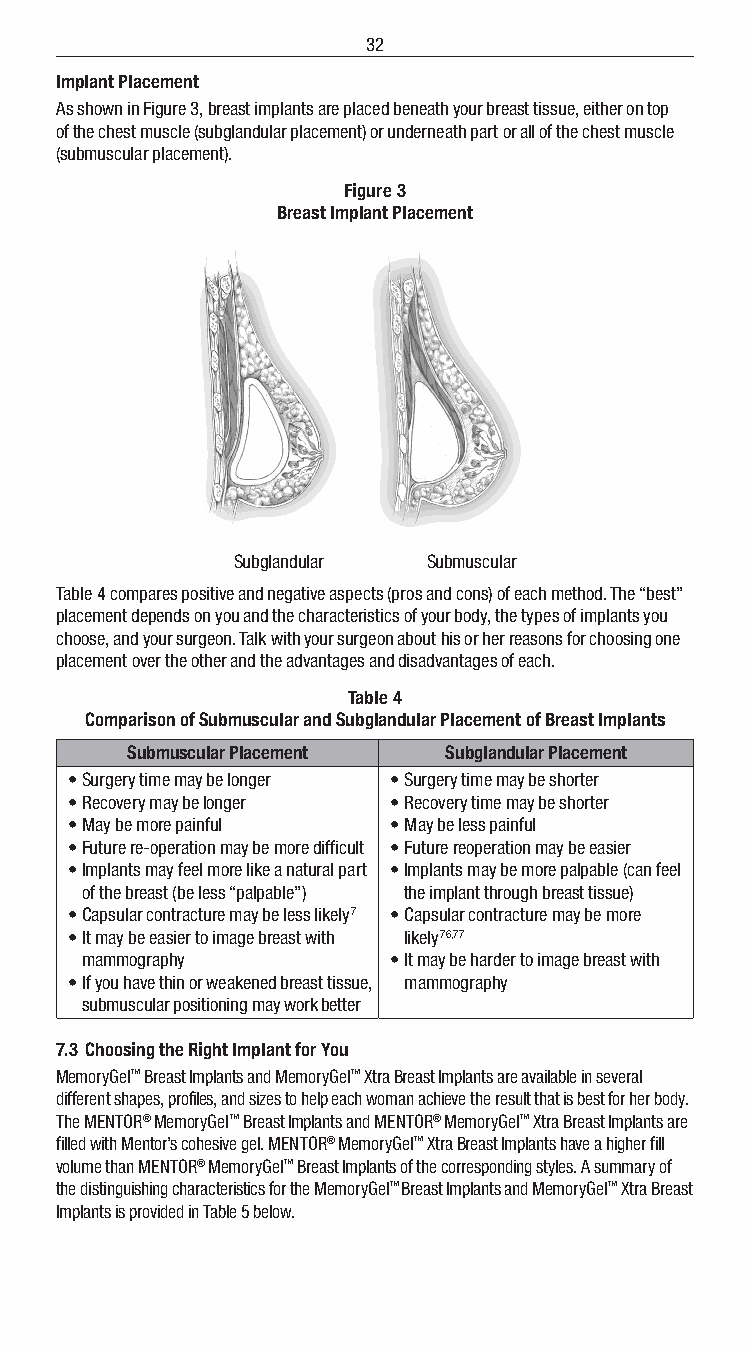
32
 Implant Placement
 As shown in Figure 3, breast implants are placed beneath your breast tissue, either on top
 of the chest muscle (subglandular placement) or underneath part or all of the chest muscle
 (submuscular placement).
 Figure 3
 Breast Implant Placement
 Subglandular Submuscular
 Table 4 compares positive and negative aspects (pros and cons) of each method. The “best”
 placement depends on you and the characteristics of your body, the types of implants you
 choose, and your surgeon. Talk with your surgeon about his or her reasons for choosing one
 placement over the other and the advantages and disadvantages of each.
 Table 4
 Comparison of Submuscular and Subglandular Placement of Breast Implants
 Submuscular Placement Subglandular Placement
 • Surgery time may be longer • Surgery time may be shorter
 • Recovery may be longer • Recovery time may be shorter
 • May be more painful • May be less painful
 • Future re-operation may be more difficult • Future reoperation may be easier
 • Implants may feel more like a natural part • Implants may be more palpable (can feel
 of the breast (be less “palpable”) the implant through breast tissue)
 • Capsular contracture may be less likely 7 • Capsular contracture may be more
 • It may be easier to image breast with likely 76,77
 mammography          • It may be harder to image breast with
 • If you have thin or weakened breast tissue, mammography
 submuscular positioning may work better
 7.3 Choosing the Right Implant for You
 MemoryGel™ Breast Implants and MemoryGel™ Xtra Breast Implants are available in several
 different shapes, profiles, and sizes to help each woman achieve the result that is best for her body.
 The MENTOR® MemoryGel™ Breast Implants and MENTOR® MemoryGel™ Xtra Breast Implants are
 filled with Mentor’s cohesive gel. MENTOR® MemoryGel™ Xtra Breast Implants have a higher fill
 volume than MENTOR® MemoryGel™ Breast Implants of the corresponding styles. A summary of
 the distinguishing characteristics for the MemoryGel™ Breast Implants and MemoryGel™ Xtra Breast
 Implants is provided in Table 5 below.